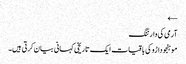
←
آرمی کی وارننگ
موہنجو داڑو کی باقیات ایک تاریخی کہانی بیان کرتی ہیں۔